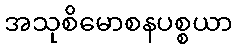
အသုစိမောစနပစ္စယာ